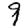
Digit: 9